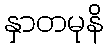
နှာတမုနိ